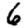
Digit: 6